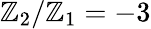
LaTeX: \mathbb{Z}_{2}/\mathbb{Z}_{1}=-3